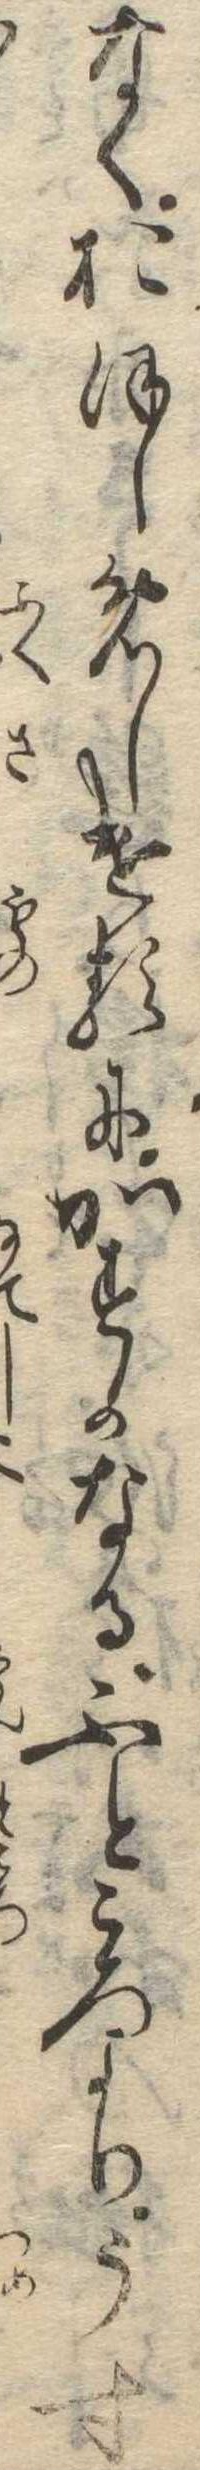
なくおほしめしけるにかすかなるふところよりうす